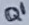
Text: Q1